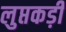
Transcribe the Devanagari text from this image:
लुप्तकड़ी